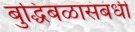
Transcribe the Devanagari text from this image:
बुद्धिबळासंबंधी